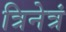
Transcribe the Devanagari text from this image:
त्रिनेत्रं